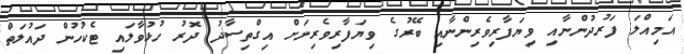
އަމިއްލަ ފަރުދުންނާއި ވިޔަފާރިވެރިންނާއި ބޭރުގެ ވިޔަފާރިވެރިނަށް އިގްތިސާދު ދޮރު ހުޅުވާލައި ޓެކުހުން ދައުލަތް